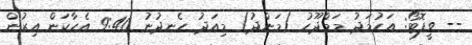
-- ވީފޮޓޯ: އަހުމަދު މަމްދޫހު (މަންދު) މިއަދު ހެނދުނު 9:40 އެހާކަން އިރުން